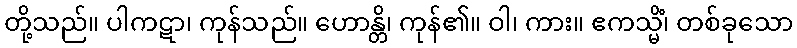
တို့သည်။ ပါကဋာ၊ ကုန်သည်။ ဟောန္တိ၊ ကုန်၏။ ဝါ၊ ကား။ ဧကသ္မိံ၊ တစ်ခုသော